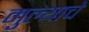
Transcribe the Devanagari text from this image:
मुल्याचे